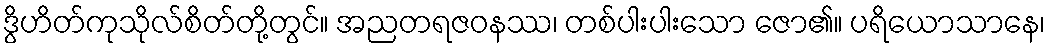
ဒွိဟိတ်ကုသိုလ်စိတ်တို့တွင်။ အညတရဇဝနဿ၊ တစ်ပါးပါးသော ဇော၏။ ပရိယောသာနေ၊